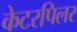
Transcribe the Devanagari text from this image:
केटरपिलर